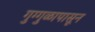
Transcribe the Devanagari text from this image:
गुग्गुळापासून